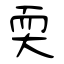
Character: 耎